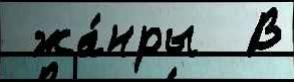
 жа́нры  В